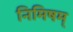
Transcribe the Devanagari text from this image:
निमिषम्